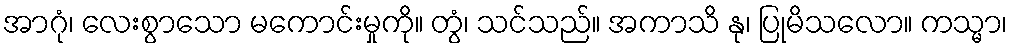
အာဂုံ၊ လေးစွာသော မကောင်းမှုကို။ တွံ၊ သင်သည်။ အကာသိ နု၊ ပြုမိသလော။ ကသ္မာ၊